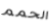
الحمم